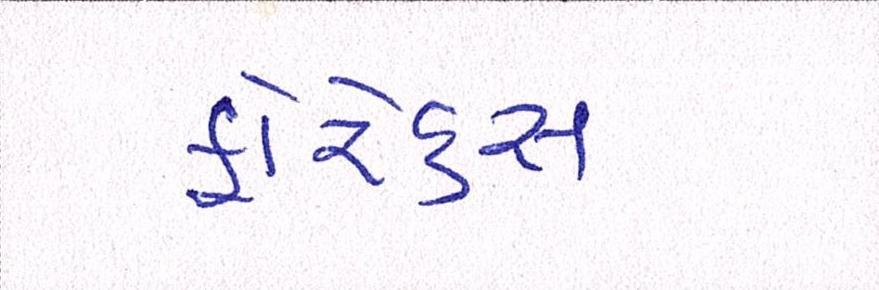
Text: ફોરેક્સ